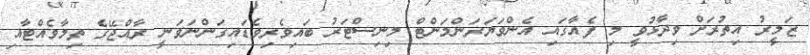
ޒަމީރު އިތުރަށް ވިދާޅުވީ މި ފެއާގައި އެންވަޔަރަންމަންޓް މިނިސްޓަރު ބައިވެރިވެޑައިގަންނަވަނީ ރާއްޖޭގެ ތިމާވެއްޓާއި